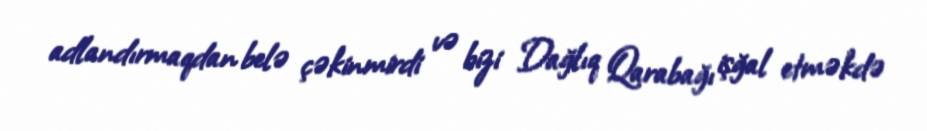
adlandırmaqdan belə çəkinmirdi və bizi Dağlıq Qarabağı işğal etməkdə